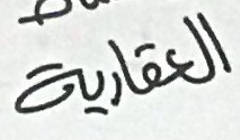
العقارية